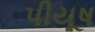
પીયૂષ